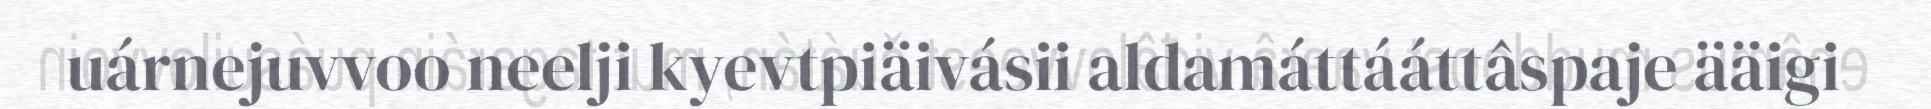
uárnejuvvoo neelji kyevtpiäivásii aldamáttááttâspaje ääigi